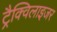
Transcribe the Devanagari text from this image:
ट्रैक्विलाइजर